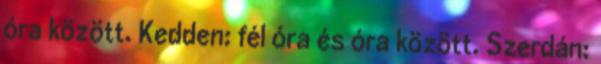
óra között. Kedden: fél óra és óra között. Szerdán: